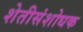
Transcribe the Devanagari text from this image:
शेतीसंशोधक